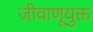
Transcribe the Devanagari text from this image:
जीवाणूयुक्त